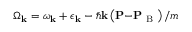
\Omega _ { \mathbf { k } } = \omega _ { \mathbf { k } } + \epsilon _ { \mathbf { k } } - \hbar \mathbf { k } \left( \mathbf { P - } \mathbf { P } _ { \textrm { B } } \right) / m